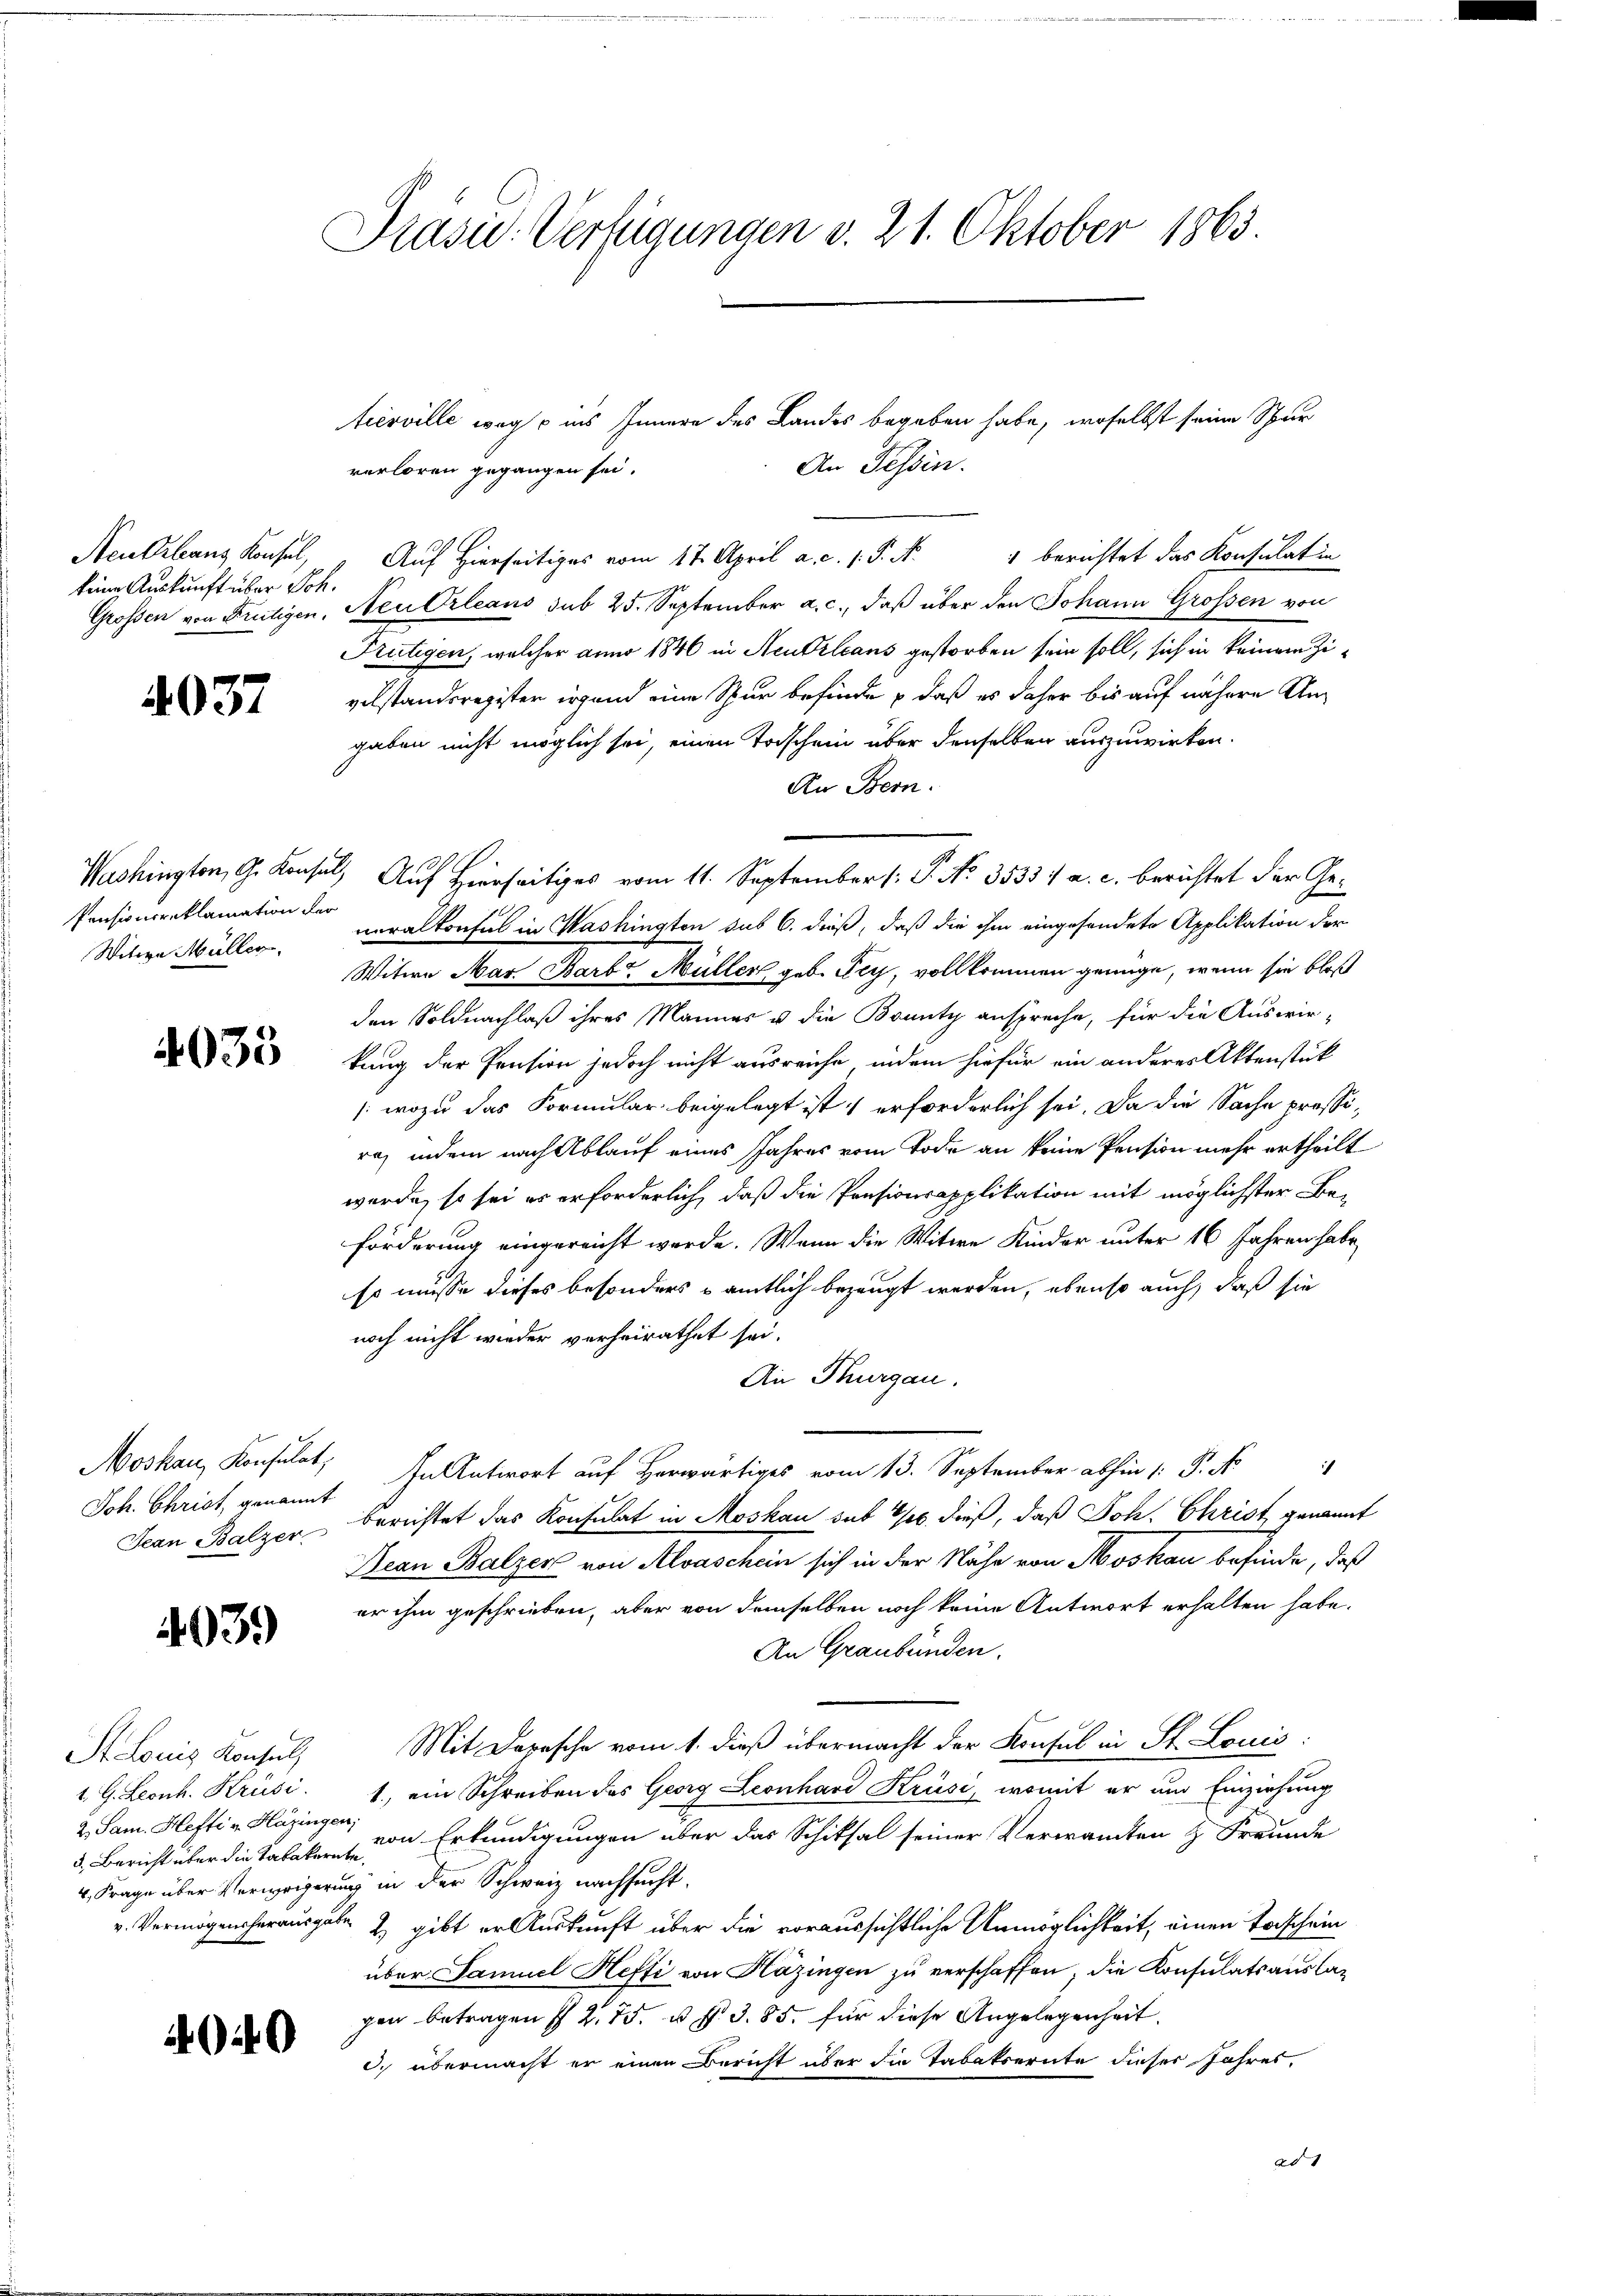
keine Auskunft über Joh.

4037

tiesville weg  ins Innern des Landes begeben habe, woselbst seine Spur
An Tessin.
verloren gegangen sei.
Neurbans Konsul, „Auf Hierseitiges vom 17. April a. c. s. S. N. 4 berichtet das Konsulatio
Grossen von Frutigen, Neu Orleans sub 25. September a. c., daß über den Johann Großen von
Frutigen, welcher anno 1846 in Neukrleans gestorben sein soll, sich in keinem Zivelstandsregister irgend eine Spur befinde – daß es daher bis auf nähere Ungaben nicht möglich sei, einen Taschein über denselben auszuwirken.
An Bern.
Washington, G. Konsul, Auf Hierseitiges vom 11. September (: P. No. 3533. a. c. berichtet der Generalkonsul in Washington sub 6. dieß, daß die ihm eingesendete Applikation der
Witwe Mar. Barb. Müller geb. Pey, vollkommen genüge, wenn sie bloß
den Soldnachlaß ihres Mannes u die Bounty anspreche, für die Auswir-
kung der Pension jedoch nicht ausreiche, indem hiefür ein anderes Aktenstück
/ wozu das Formular beigelegt ist erforderlich sei. Da die Sache pressira, indem nach Ablauf eines Jahres vom Tode an keine Pension mehr ertheilt
werde, so sei es erforderlich, daß die Pensionsapplikation mit möglichster Be-
förderung eingereicht werde. Wann die Witwe Kinder unter 16 Jahren habe
so müsse dieses besonders sämtlich bezeugt werden, ebenso auch, daß sie
noch nicht wieder verheirathet sei.
An Thurgau.
Jhrigen auf Herr vom 13. September abhin 1. P. N
Jean Balzer berichtet das Konsulat in Moskau sub 20. dieß, daß Joh. Christ genannt
Jean Balzer von Alvaschein sich in der Nähe von Moskau befinde, daß
er ihm geschrieben, aber von demselben noch keine Antwort erhalten habe.
An Graubünden.
Mit Dopische vom 1. dieß übermacht der Konsul in St. Louis:
1 G. Leonh. Krusi. 1, ein Schreiben das Georg Leonhard Krüsi, womit er um Einziehung
von Erkundigungen über das Schiksal seiner Verwandten & Freunde
4, Frage über Verweigerung in der Schweiz nachsucht.
v. Vermögensherausgabe & gibt er Auskunft über die voraussichtliche Unmöglichkeit, einen Torschein
über Samuel Hefti von Häzingen zu verschaffen, die Konsulatsauslagen betragen § 2. 75. u. f. 3. 85. für diese Angelegenheit.
c. übermacht er einen Bericht über die Tabaksernte dieser Jahres,
ad 1

Pensioncreklamation der
Witwe Müller.

4035

Moskau, Konsulat,

403.)

St. Louis Konsulz
2. Sam. Hefti v. Hägingen,
3. Bericht über die Tabakernte.

4040

Präsid. Verfügungen d. 21. Oktober 1865.